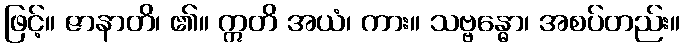
ဖြင့်။ ဇာနာတိ၊ ၏။ ဣတိ အယံ၊ ကား။ သဗ္ဗန္ဓော၊ အစပ်တည်း။